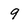
Character: 9